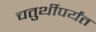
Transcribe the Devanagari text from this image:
चतुर्थीपर्यंत